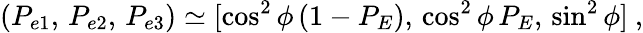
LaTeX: (P_{e1},\, P_{e2},\, P_{e3})\simeq[\cos^{2}\phi\, (1-P_{E}),\, \cos^{2}\phi\, P_{E},\, \sin^{2}\phi]\ ,